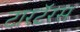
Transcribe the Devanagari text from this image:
टारटॅरस